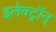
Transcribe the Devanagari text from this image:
इलेक्ट्रॉन्